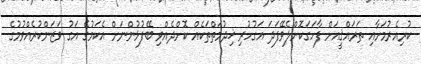
ކުރިއެރުމަށާއި ތަރައްޤީއަށް ފާހަގަކޮށްލެވޭފަދަ އަގުހުރި ޚިދުމަތްތަކެއް ކޮށްދެއްވި ބޭފުޅުންނަށް އެކަމުގެ އަގު ވަޒަންކުރެއްވުމުގެ